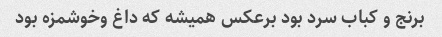
برنج و کباب سرد بود برعکس همیشه که داغ وخوشمزه بود